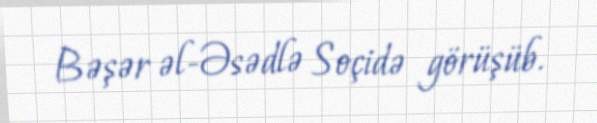
Bəşər əl-Əsədlə Soçidə görüşüb.